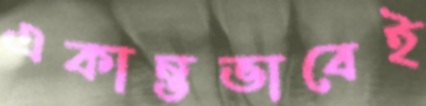
একান্তভাবেই